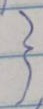
}